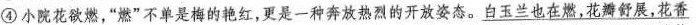
④ 小院花欲燃，”燃”不单是梅的艳红，更是一种奔放热烈的开放姿态。\underline{白玉兰也在燃，花瓣舒展，花香